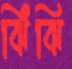
ঝিঁঝি